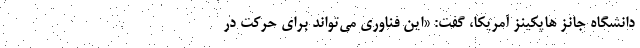
دانشگاه جانز هاپکینز آمریکا، گفت: «این فناوری می‌تواند برای حرکت در